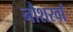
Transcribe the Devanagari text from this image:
नौशरवाँ